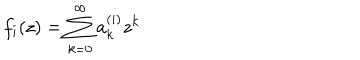
f _ { i } ( z ) = \sum _ { k = 0 } ^ { \infty } a _ { k } ^ { ( i ) } z ^ { k }